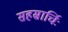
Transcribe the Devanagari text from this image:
सहस्रार्चिः